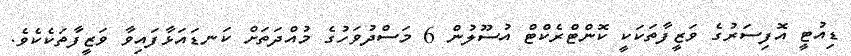
ޑިއުޓީ އޮފިސަރުގެ ވަޒީފާތަކަކީ ކޮންޓްރެކްޓް އުސޫލުން 6 މަސްދުވަހުގެ މުއްދަތަށް ކަނޑައަޅާފައިވާ ވަޒީފާތަކެކެވެ.